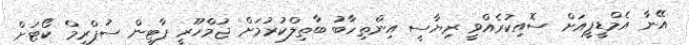
އޭނާ އެމްޑީޕީއަށް ސޮއިކުރެއްވީ ރިޔާސީ އިންތިހާބު ބާތިލްކުރުމަށް ޖުމްހޫރީ ޕާޓީން ސުޕްރީމް ކޯޓަށް